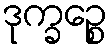
ဒုက္ခဉ္စေ